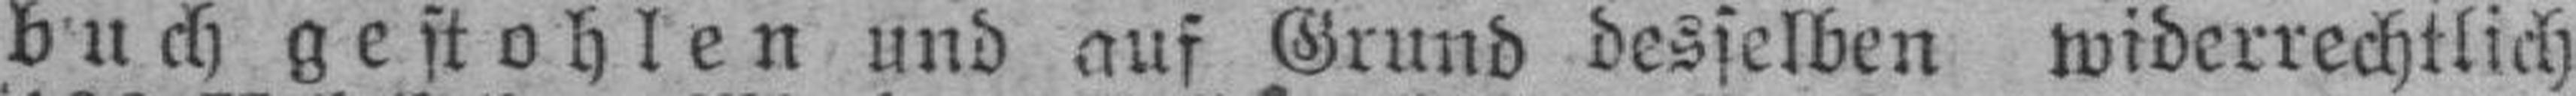
buch gestohlen und auf Grund desselben widerrechtlich